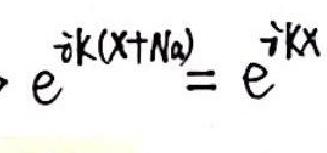
\[ e^{ i k(x + Na)} = e^{ i kx} \]